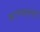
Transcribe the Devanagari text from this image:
करण्यास्तव